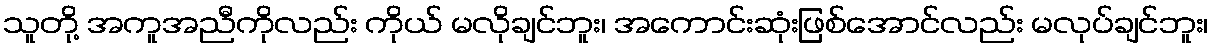
သူတို့ အကူအညီကိုလည်း ကိုယ် မလိုချင်ဘူး၊ အကောင်းဆုံးဖြစ်အောင်လည်း မလုပ်ချင်ဘူး၊